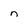
Character: n